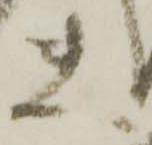
夫